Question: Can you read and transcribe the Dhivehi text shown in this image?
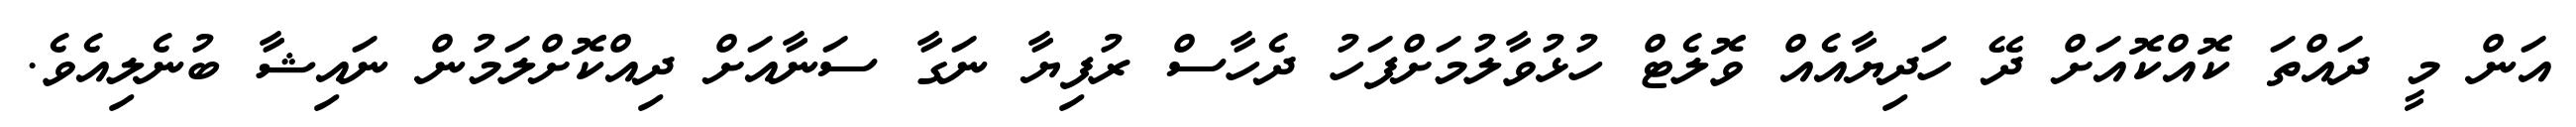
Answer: އަން މީ ދައްތަ ކޮއްކޮއަށް ދޭ ހަދިޔާއެއް ވޮލެޓް ހުޅުވާލުމަށްފަހު ދެހާސް ރުފިޔާ ނަގާ ސަނާއަށް ދިއްކޮށްލަމުން ނައިޝާ ބުނެލިއެވެ.